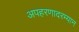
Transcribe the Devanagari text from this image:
अपहरणादरम्यान